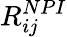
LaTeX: R_{ij}^{NPI}